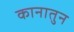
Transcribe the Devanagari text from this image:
कानातुन